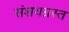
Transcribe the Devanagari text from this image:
संशयग्रस्त